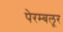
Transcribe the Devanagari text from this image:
पेरम्बलूर